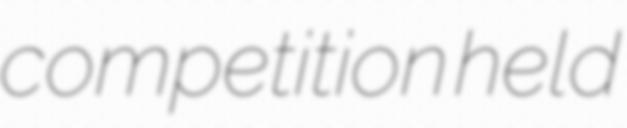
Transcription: competition held